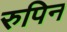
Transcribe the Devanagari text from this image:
रुपिन